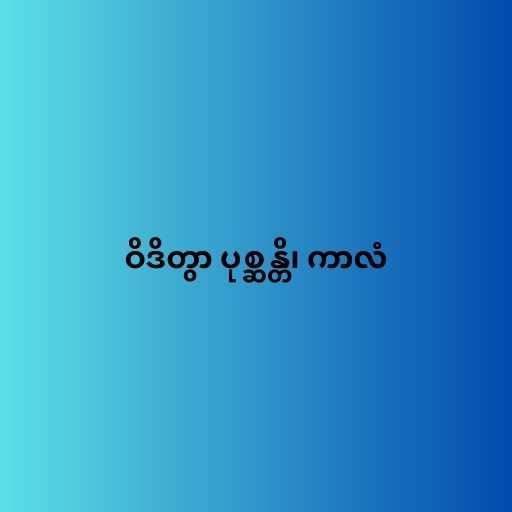
ဝိဒိတွာ ပုစ္ဆန္တိ၊ ကာလံ